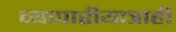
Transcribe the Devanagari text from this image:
व्यापारीयात्राही